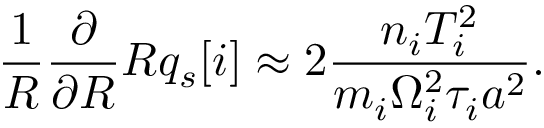
\frac { 1 } { R } \ensuremath { \frac { \partial } { \partial R } } R q _ { s } [ i ] \approx 2 \frac { n _ { i } T _ { i } ^ { 2 } } { m _ { i } \Omega _ { i } ^ { 2 } \tau _ { i } a ^ { 2 } } .